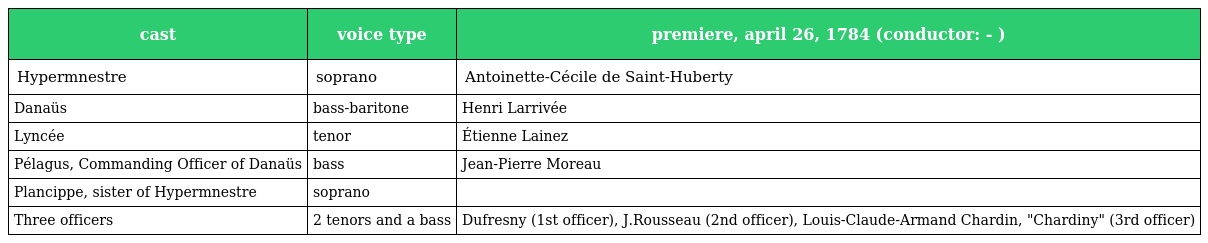
| cast | voice type | premiere, april 26, 1784 (conductor: - ) |
 | --- | --- | --- |
 | Hypermnestre | soprano | Antoinette-Cécile de Saint-Huberty |
 | Danaüs | bass-baritone | Henri Larrivée |
 | Lyncée | tenor | Étienne Lainez |
 | Pélagus, Commanding Officer of Danaüs | bass | Jean-Pierre Moreau |
 | Plancippe, sister of Hypermnestre | soprano |  |
 | Three officers | 2 tenors and a bass | Dufresny (1st officer), J.Rousseau (2nd officer), Louis-Claude-Armand Chardin, "Chardiny" (3rd officer) |